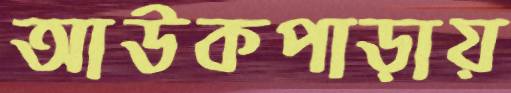
আউকপাড়ায়